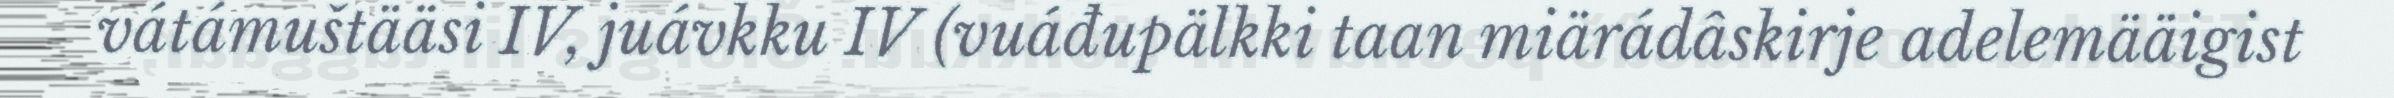
vátámuštääsi IV, juávkku IV (vuáđupälkki taan miärádâskirje adelemääigist